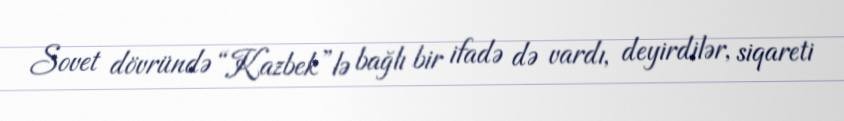
Sovet dövründə “Kazbek”lə bağlı bir ifadə də vardı, deyirdilər, siqareti